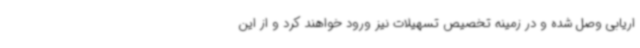
اریابی وصل شده و در زمینه تخصیص تسهیلات نیز ورود خواهند کرد و از این